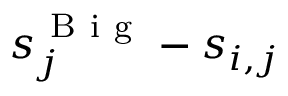
s _ { j } ^ { \mathrm { ~ B ~ i ~ g ~ } } - s _ { i , j }